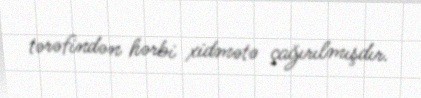
tərəfindən hərbi xidmətə çağırılmışdır.